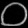
Digit: ၀